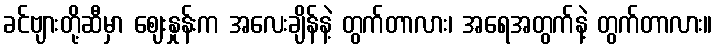
ခင်ဗျားတို့ဆီမှာ ဈေးနှုန်းက အလေးချိန်နဲ့ တွက်တာလား၊ အရေအတွက်နဲ့ တွက်တာလား။